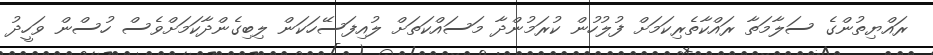
ރައްޔިތުންގެ ސަލާމަތާ ރައްކާތެރިކަމަށް ފުލުހުން ކުރަމުންދާ މަސައްކަތަށް ލުއިފަސޭހަކަން ލިބިގެންދާކަމަށްވެސް ހުސްން ވަހީދު